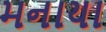
મનાયા